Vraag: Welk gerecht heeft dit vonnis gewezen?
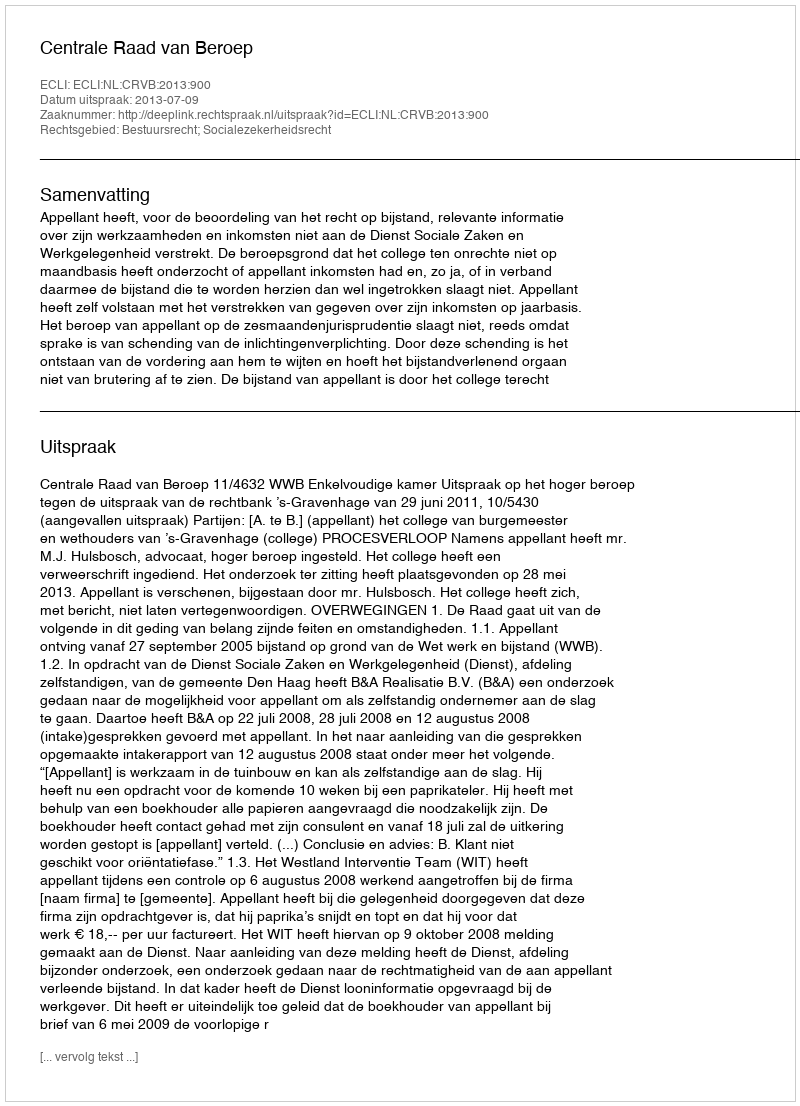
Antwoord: Centrale Raad van Beroep